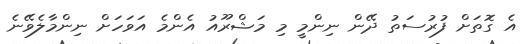
އެ ގޮތަށް ފުރުސަތު ދޭން ނިންމީ މި މަޝްރޫއު އެންމެ އަވަހަށް ނިންމާލެވޭނެ